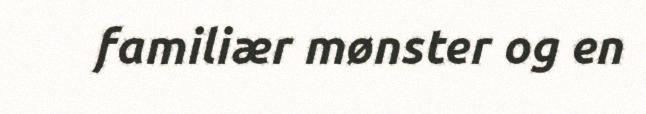
familiær mønster og en